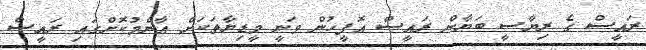
ރައީސް ގެ ރިޔާސީ ބަޔާން ރައީސް އޮފީހުން ވަނީ މީޑިޔާތަކަށް އާންމުކޮށްގައި ރައީސް